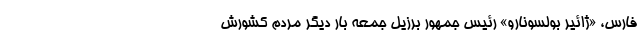
فارس، «ژائیر بولسونارو» رئیس جمهور برزیل جمعه بار دیگر مردم کشورش